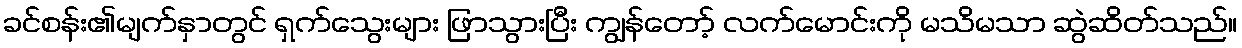
ခင်စန်း၏မျက်နှာတွင် ရှက်သွေးများ ဖြာသွားပြီး ကျွန်တော့် လက်မောင်းကို မသိမသာ ဆွဲဆိတ်သည်။